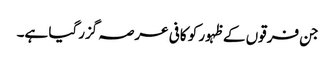
جن فرقوں کے ظہور کو کافی عرصہ گزرگیا ہے۔